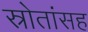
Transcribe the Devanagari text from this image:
स्रोतांसह